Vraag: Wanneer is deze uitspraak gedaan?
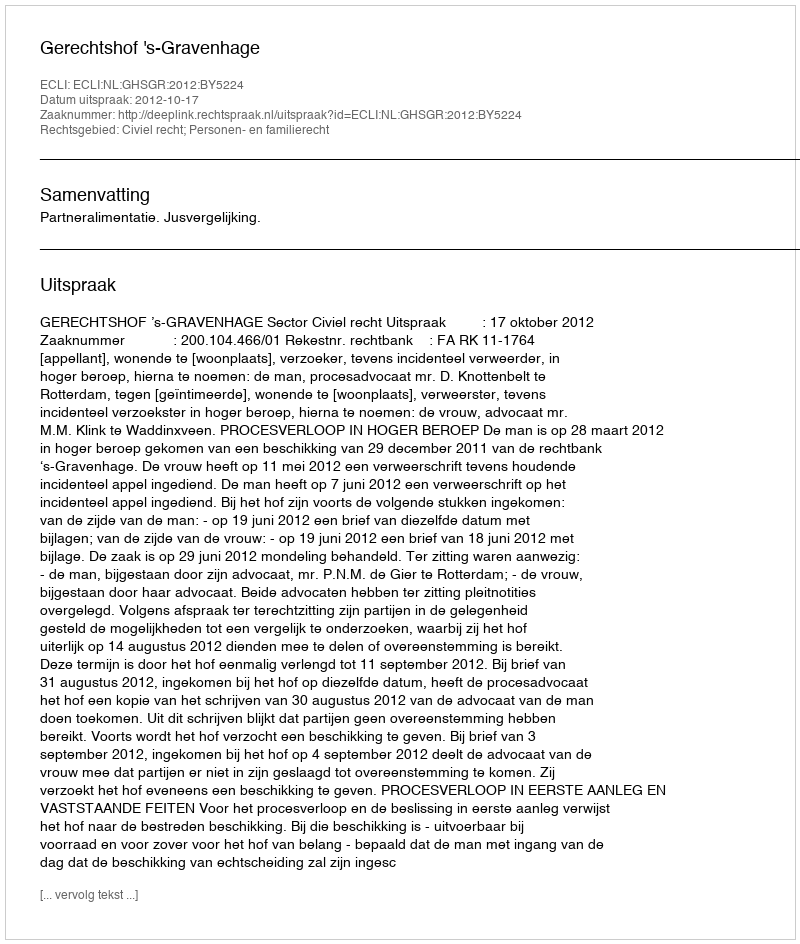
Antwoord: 2012-10-17